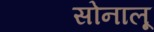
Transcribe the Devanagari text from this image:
सोनालू